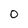
Character: 0